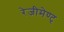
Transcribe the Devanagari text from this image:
रेजीमेण्ट्